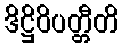
ဒိဋ္ဌိဝိပတ္တီတိ